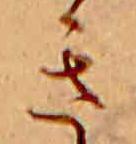
き